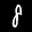
Label: 8